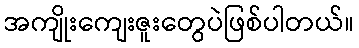
အကျိုးကျေးဇူးတွေပဲဖြစ်ပါတယ်။